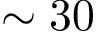
\sim 3 0